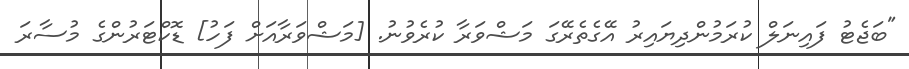
"ބަޖެޓު ފައިނަލް ކުރަމުންދިޔައިރު އޭގެތެރޭގަ މަޝްވަރާ ކުރެވުނު. [މަޝްވަރާއަށް ފަހު] ޑޮކްޓަރުންގެ މުސާރަ